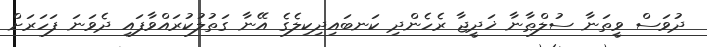
ދުވަސް ވީތަނާ ސުލްޠާނާ ޚަދީޖާ ރެހެންދި ކަނބައިދިކިލެގެ އޭނާ ގަތުލުކުރައްވާފައި ދެވަނަ ފަހަރަށް